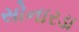
સોનારડા